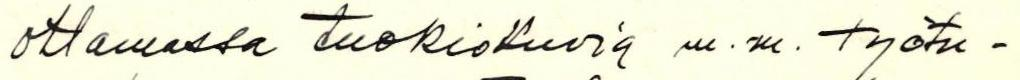
ottamassa tuokiokuvia m.m. työtu-